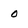
Character: O